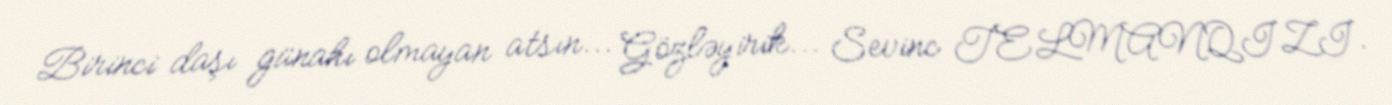
Birinci daşı günahı olmayan atsın... Gözləyirik... Sevinc TELMANQIZI.